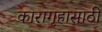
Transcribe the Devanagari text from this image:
कारागृहासाठी